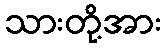
သားတို့အား